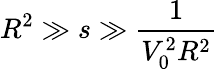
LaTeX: R^{2}\gg s\gg\frac{1}{V_{0}^{2}R^{2}}